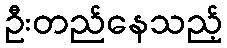
ဦးတည်နေသည့်